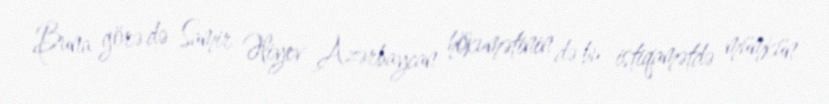
Buna görə də Samir Əliyev Azərbaycan hökumətinin də bu istiqamətdə mümkün